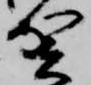
賀